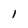
Character: 1